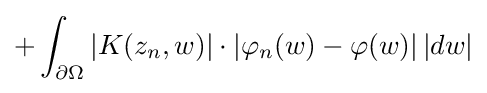
+\int _{\partial \Omega }|K(z_{n},w)|\cdot |\varphi _{n}(w)-\varphi (w)|\,|dw|